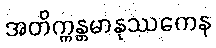
အတိက္ကန္တမာနုဿကေန